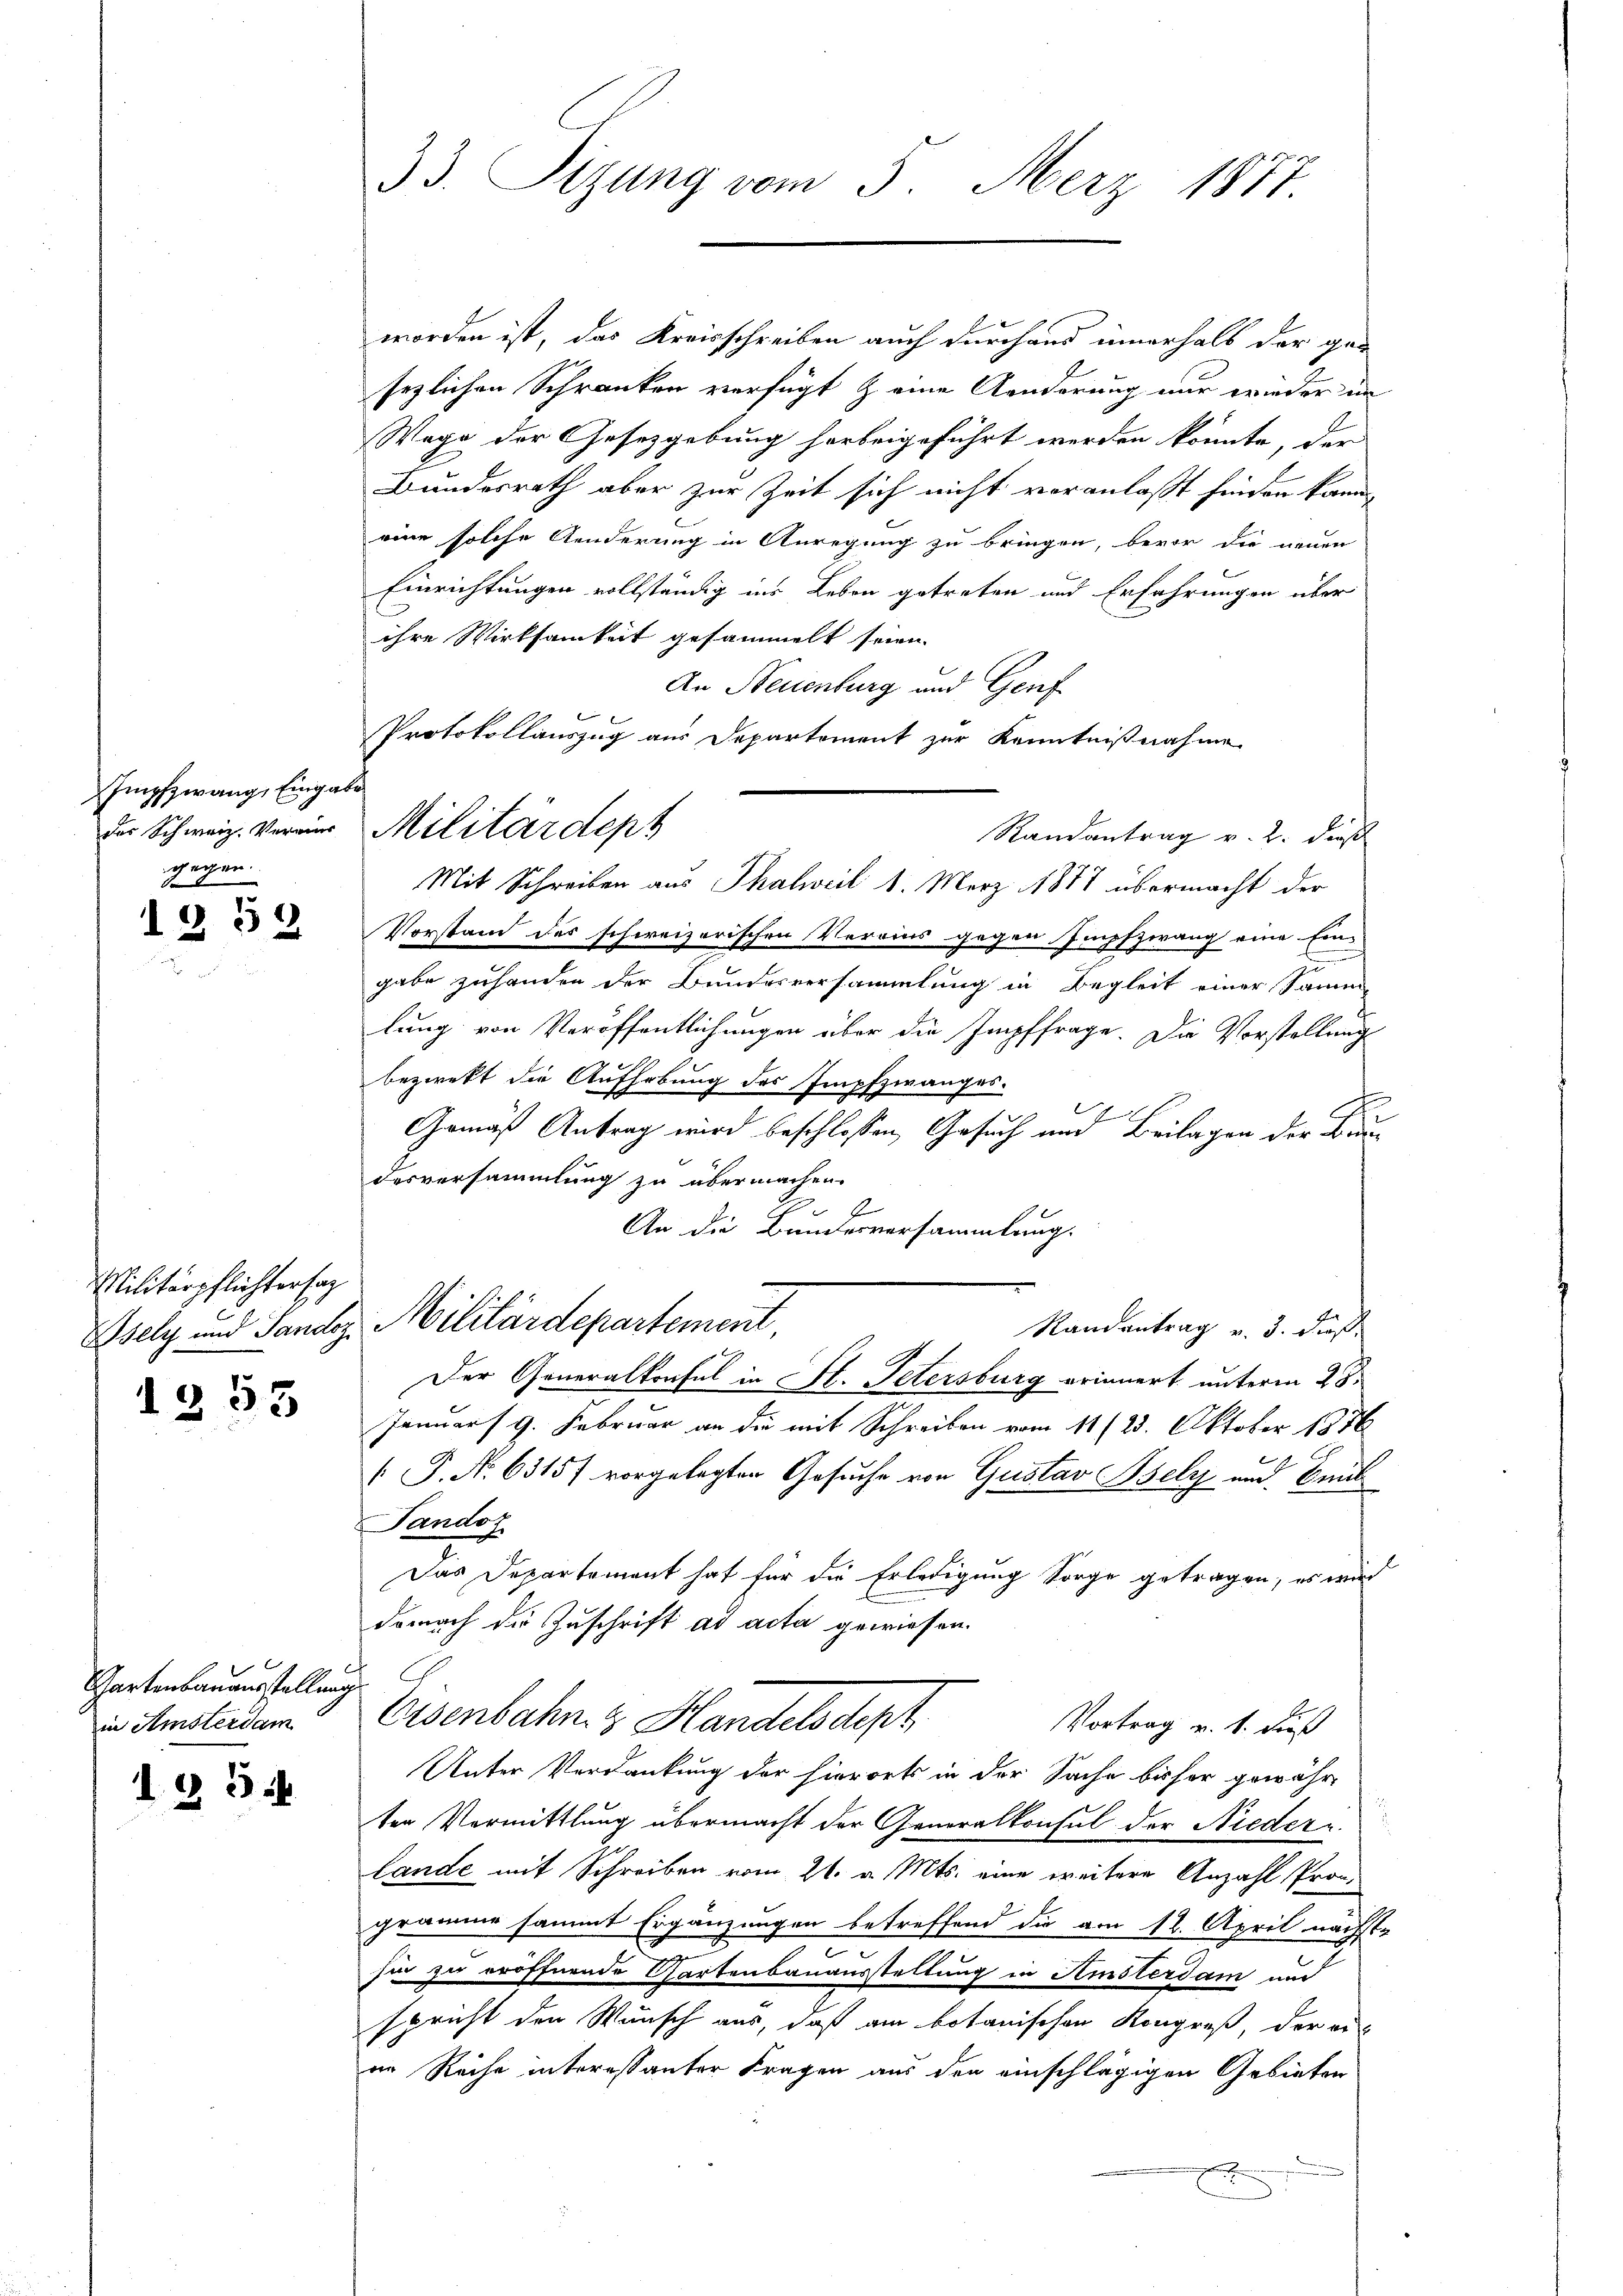
Impfzwang, Eingabe
des Schweiz. Vermins
chechen.

F
1 § 52

Militärpflichtersag

1335

Gartenbauaustellung
in Amsterdam

I. § 5

33. Sizung vom 5. Merz 1877.

Protokollauszug aus Departement zur Kenntnißnahme
Militärdept

worden ist, das Kreisschreiben auch durchaus innerhalb der gesezlichen Schranken verfügt & eine Aenderung nur wieder in
Wege der Gesetzgebung herbeigeführt werden könnte, der
Bundesrath aber zur Zeit sich nicht voranlaßt finden kann,
eine solche Aenderung in Anregung zu bringen, bevor die neuen
Einrichtungen vollständig ins Leben getreten und Erfahrungen über
ihre Wirksamkeit gesammelt seien.
An Neuenburg und Genf
Randantrag v. 2. dieß
Mit Schreiben aus Thalweil 1. März 1877 übermacht der
Vorstand des schweizerischen Verrins gegen Impfzwang eine Ein-
gabe zuhanden der Bundesversammlung in Begleit einer Samm-
lung von Veröffentlichungen über die Impffrage. Die Vorstellung
bezwekt die Aufhebung des Impfzwanges.
E
Gemäß Antrag wird beschlossen, Gesuch und Beilagen der Brun
desversammlung zu übermachen.
B
An die Bandesversammlung.
Randantrag v. 3. dieß
Isely und Sandes Militärdepartement,
Der Generalkonsul in St. Petersburg erinnert unterm 28.
Januar 9. Februar an die mit Schreiben vom 11/23. Oktober 1876
[P. No 6315/ vorgelegten Gesuche von Gustav Bsely und Emil
Tandoz
Das Departement hat für die Erledigung Sorge getragen, es wird
danach die Zuschrift ad acta gewiesen.
Eisenbahn & Handelsdept
Vortrag v. 1. Fuß
Unter Verdankung der hierorts in der Sache bisher gewähr-
ter Vermittlung übermacht der Generalkonsul der Niedern.
Lande mit Schreiben vom 21. v. Mts. eine weitere Anzahl Programme sammt Ergänzungen betreffend die am 12. April nächst-
c
sie zu eröffnende Gartenbauausstellung in Amsterdam und
spricht den Wunsch aus, daß am botanischen Kongreß, der aus
in Reihe interessanter Fragen aus den einschlägigen Gebieten
E